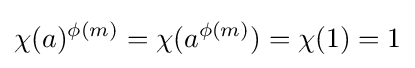
\chi (a)^{\phi (m)}=\chi (a^{\phi (m)})=\chi (1)=1